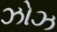
ઝોઝ